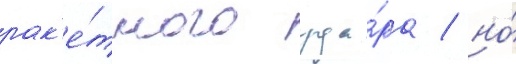
рак'е́тного уда́ра / но́